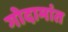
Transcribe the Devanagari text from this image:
गोदामांत